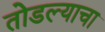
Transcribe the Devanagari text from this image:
तोडल्याचा